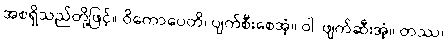
အစရှိသည်တို့ဖြင့်။ ဝိကောပေတိ၊ ပျက်စီးစေအံ့။ ဝါ၊ ဖျက်ဆီးအံ့။ တဿ၊